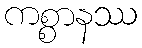
ကစ္စာနဿ